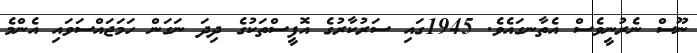
ނޫސް ނެރުނީވެސް އެތާނގައެވެ. 1945ގައި ސަރުކާރުގެ އޮފީސްތަކުގެ ދިދަ ނަގަން ހަމަޖައްސަވައި އެންމެ